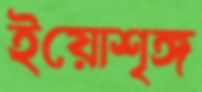
ইয়োশৃঙ্গ